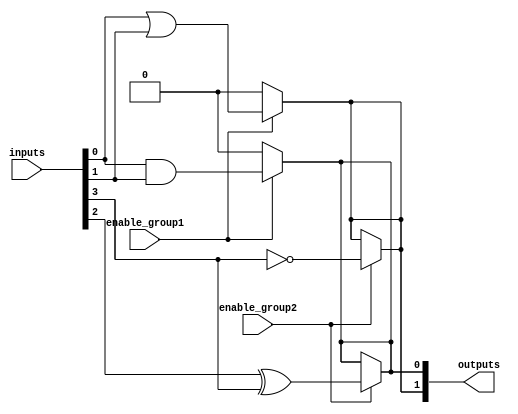
module adjacency_groups (
    input wire [3:0] inputs,         // 4 binary input signals
    input wire enable_group1,         // Control signal to enable Group 1
    input wire enable_group2,         // Control signal to enable Group 2
    output wire [1:0] outputs         // 2 binary output signals from each group
);

    // Group 1: Inputs 0 and 1
    wire group1_and;
    wire group1_or;
    
    assign group1_and = inputs[0] & inputs[1]; // AND operation
    assign group1_or  = inputs[0] | inputs[1]; // OR operation
    
    // Group 1 output logic
    assign outputs[0] = enable_group1 ? group1_and : 1'b0; // Output from Group 1 (AND)
    assign outputs[1] = enable_group1 ? group1_or : 1'b0;  // Output from Group 1 (OR)

    // Group 2: Inputs 2 and 3
    wire group2_xor;
    wire group2_not;

    assign group2_xor = inputs[2] ^ inputs[3]; // XOR operation
    assign group2_not = ~inputs[3];            // NOT operation on input 3

    // Group 2 output logic
    assign outputs[0] = enable_group2 ? group2_xor : outputs[0]; // Output from Group 2 (XOR)
    assign outputs[1] = enable_group2 ? group2_not : outputs[1];  // Output from Group 2 (NOT)

endmodule